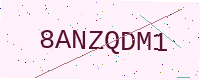
Text: 8ANZQDM1